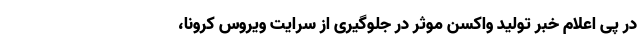
در پی اعلام خبر تولید واکسن موثر در جلو‌گیری از سرایت ویروس کرونا،‌